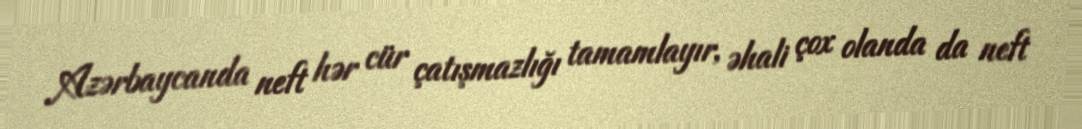
Azərbaycanda neft hər cür çatışmazlığı tamamlayır, əhali çox olanda da neft